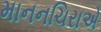
માનનચિરાએ